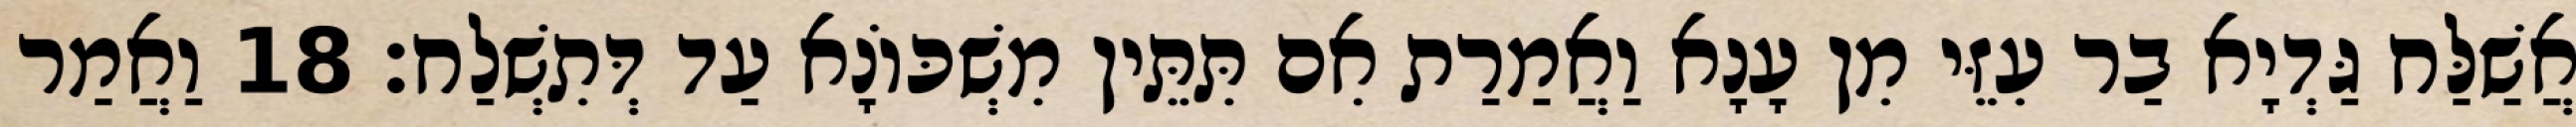
אֲשַׁלַּח גַּדְיָא בַר עִזֵּי מִן עָנָא וַאֲמַרַת אִם תִּתֵּין מִשְׁכּוֹנָא עַד דְּתִשְׁלַח׃ 18 וַאֲמַר